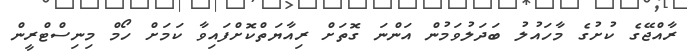
ރާއްޖޭގެ ކުށުގެ މާހައުލު ބަދަލުވަމުން އަންނަ ގޮތަށް ރިއާޔަތްކޮށްފައިވާ ކަމަށް ހޯމް މިނިސްޓްރީން